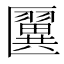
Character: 𠥦